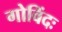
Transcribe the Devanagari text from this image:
गोविंदः